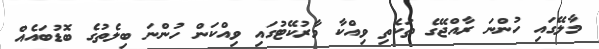
މާލޭގައި ހުންނަ ރާއްޖޭގެ ތަކެތި ވިއްކާ މާރުކޭޓުގައި ވިއްކަން ހުންނަ ބިލެތުގެ ބޮޑުބައެއް